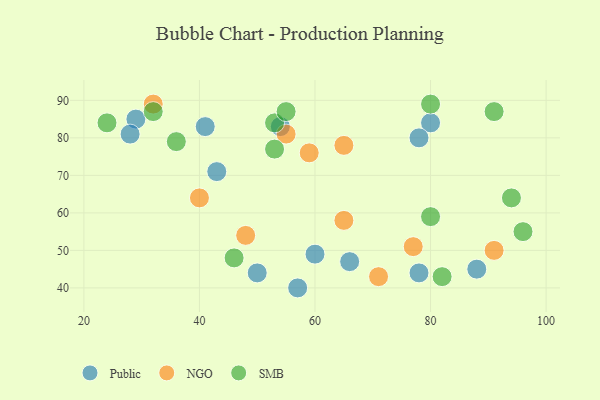
{"axis": {"x": "GDP", "y": "Life Expectancy"}, "legend": ["NGO", "Public", "SMB"], "data": [{"x": "80", "y": 84, "type": "Public"}, {"x": "29", "y": 85, "type": "Public"}, {"x": "66", "y": 47, "type": "Public"}, {"x": "54", "y": 83, "type": "Public"}, {"x": "50", "y": 44, "type": "Public"}, {"x": "88", "y": 45, "type": "Public"}, {"x": "43", "y": 71, "type": "Public"}, {"x": "41", "y": 83, "type": "Public"}, {"x": "78", "y": 44, "type": "Public"}, {"x": "57", "y": 40, "type": "Public"}, {"x": "60", "y": 49, "type": "Public"}, {"x": "78", "y": 80, "type": "Public"}, {"x": "28", "y": 81, "type": "Public"}, {"x": "32", "y": 89, "type": "NGO"}, {"x": "48", "y": 54, "type": "NGO"}, {"x": "55", "y": 81, "type": "NGO"}, {"x": "65", "y": 78, "type": "NGO"}, {"x": "77", "y": 51, "type": "NGO"}, {"x": "91", "y": 50, "type": "NGO"}, {"x": "65", "y": 58, "type": "NGO"}, {"x": "59", "y": 76, "type": "NGO"}, {"x": "40", "y": 64, "type": "NGO"}, {"x": "71", "y": 43, "type": "NGO"}, {"x": "53", "y": 77, "type": "SMB"}, {"x": "53", "y": 84, "type": "SMB"}, {"x": "55", "y": 87, "type": "SMB"}, {"x": "96", "y": 55, "type": "SMB"}, {"x": "82", "y": 43, "type": "SMB"}, {"x": "24", "y": 84, "type": "SMB"}, {"x": "80", "y": 89, "type": "SMB"}, {"x": "46", "y": 48, "type": "SMB"}, {"x": "80", "y": 59, "type": "SMB"}, {"x": "36", "y": 79, "type": "SMB"}, {"x": "91", "y": 87, "type": "SMB"}, {"x": "32", "y": 87, "type": "SMB"}, {"x": "94", "y": 64, "type": "SMB"}]}